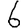
Digit: 6